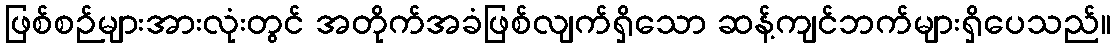
ဖြစ်စဉ်များအားလုံးတွင် အတိုက်အခံဖြစ်လျက်ရှိသော ဆန့်ကျင်ဘက်များရှိပေသည်။